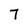
Character: 7